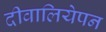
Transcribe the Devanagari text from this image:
दीवालियेपन